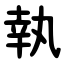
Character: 執